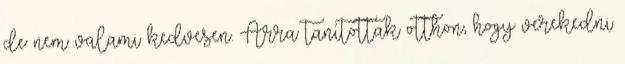
de nem valami kedvesen. Arra tanítottak otthon, hogy verekedni